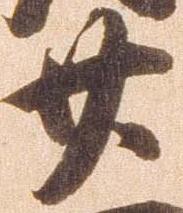
廿